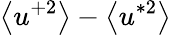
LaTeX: \left<u^{+2}\right>-\left<u^{*2}\right>